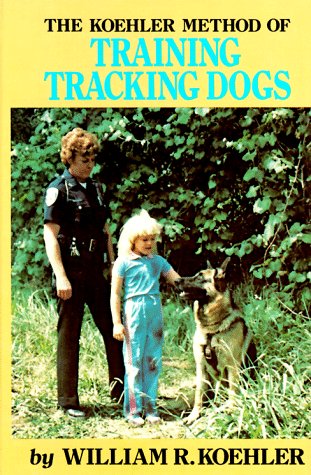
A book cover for The Koehler Method of Training Tracking Dogs; William R. Koehler; Crafts, Hobbies & Home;